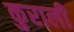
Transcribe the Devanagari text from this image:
कुराली